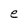
Character: e